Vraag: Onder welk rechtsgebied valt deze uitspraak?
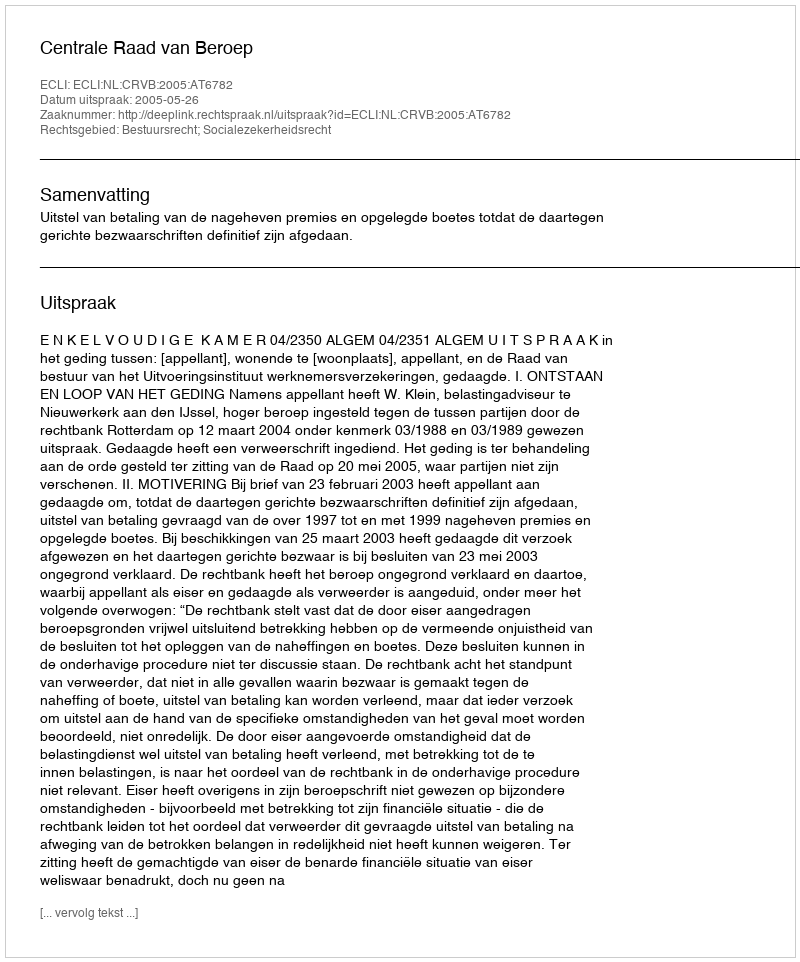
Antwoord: Bestuursrecht; Socialezekerheidsrecht